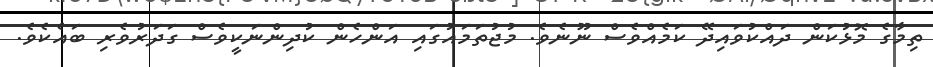
ތިމާގެ މޮޅުކަން ދައްކުވައިދޭ ކަމެއްވެސް ނޫނެވެ. މުޖުތަމައުގައި އަންހެން ކުދިންނަކީވެސް ގަދަރުވެރި ބައެކެވެ.